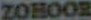
ZOHOOR